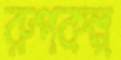
রুপকল্প